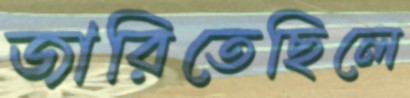
জারিতেছিলে